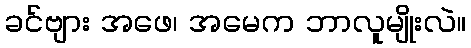
ခင်ဗျား အဖေ၊ အမေက ဘာလူမျိုးလဲ။